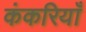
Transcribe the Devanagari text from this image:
कंकरियाँ